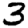
Digit: 3